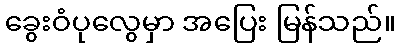
ခွေးဝံပုလွေမှာ အပြေး မြန်သည်။